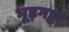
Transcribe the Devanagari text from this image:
भूड़गड्ढा